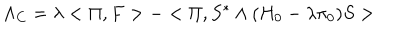
\Lambda _ { C } = \lambda < \Pi , F > - < \Pi , S ^ { * } \wedge ( H _ { 0 } - \lambda \pi _ { 0 } ) S >